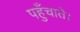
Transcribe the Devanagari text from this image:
पहुँचाते।